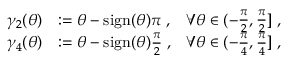
\begin{array} { r l r } { \gamma _ { 2 } ( \theta ) } & { : = \theta - \mathrm { s i g n } ( \theta ) \pi \; , } & { \forall \theta \in ( - \frac { \pi } { 2 } , \frac { \pi } { 2 } ] \; , } \\ { \gamma _ { 4 } ( \theta ) } & { : = \theta - \mathrm { s i g n } ( \theta ) \frac { \pi } { 2 } \; , } & { \forall \theta \in ( - \frac { \pi } { 4 } , \frac { \pi } { 4 } ] \; , } \end{array}